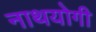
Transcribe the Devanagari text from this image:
नाथयोगी